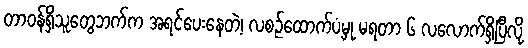
တာဝန်ရှိသူတွေဘက်က အရင်ပေးနေတဲ့၊ လစဉ်ထောက်ပံ့မှု မရတာ ၆ လလောက်ရှိပြီလို့